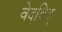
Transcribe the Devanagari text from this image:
वेदविद्